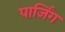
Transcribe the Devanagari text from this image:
पार्जिंग